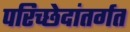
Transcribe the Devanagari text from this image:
परिच्छेदांतर्गत